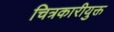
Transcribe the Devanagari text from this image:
चित्रकारीयुक्त